Plague in India, 1896, 1897 - Volume 2
Year: 1896
Disease focus: Plague
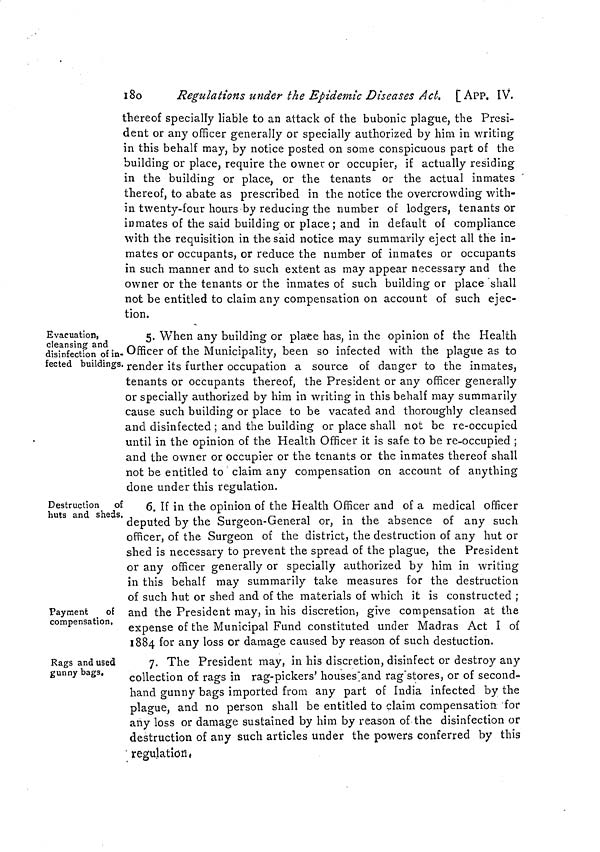
180
Regulations under the Epidemic Diseases Act. [ APP. IV.
thereof specially liable to an attack of the bubonic plague, the Presi-
dent or any officer generally or specially authorized by him in writing
in this behalf may, by notice posted on some conspicuous part of the
building or place, require the owner or occupier, if actually residing
in the building or place, or the tenants or the actual inmates
thereof, to abate as prescribed in the notice the overcrowding with-
in twenty-four hours by reducing the number of lodgers, tenants or
inmates of the said building or place; and in default of compliance
with the requisition in the said notice may summarily eject all the in-
mates or occupants, or reduce the number of inmates or occupants
in such manner and to such extent as may appear necessary and the
owner or the tenants or the inmates of such building or place shall
not be entitled to claim any compensation on account of such ejec-
tion.
Evacuation,
cleansing and
disinfection of in-
fected buildings.
5. When any building or place has, in the opinion of the Health
Officer of the Municipality, been so infected with the plague as to
render its further occupation a source of danger to the inmates,
tenants or occupants thereof, the President or any officer generally
or specially authorized by him in writing in this behalf may summarily
cause such building or place to be vacated and thoroughly cleansed
and disinfected ; and the building or place shall not be re-occupied
until in the opinion of the Health Officer it is safe to be re-occupied ;
and the owner or occupier or the tenants or the inmates thereof shall
not be entitled to claim any compensation on account of anything
done under this regulation.
Destruction
of
huts and sheds.
6. If in the opinion of the Health Officer and oí a medical officer
deputed by the Surgeon-General or, in the absence of any such
officer, of the Surgeon of the district, the destruction of any hut or
shed is necessary to prevent the spread of the plague, the President
or any officer generally or specially authorized by him in writing
in this behalf may summarily take measures for the destruction
of such hut or shed and of the materials of which it is constructed ;
Payment
of
compensation,
and the President may, in his discretion, give compensation at the
expense of the Municipal Fund constituted under Madras Act I oí
1884 for any loss or damage caused by reason of such destuction.
Rags and used
gunny bags.
7. The President may, in his discretion, disinfect or destroy any
collection of rags in rag-pickers' houses and rag stores, or of second-
hand gunny bags imported from any part of India infected by the
plague, and no person shall be entitled to claim compensation for
any loss or damage sustained by him by reason of the disinfection or
destruction of any such articles under the powers conferred by this
regulation.